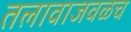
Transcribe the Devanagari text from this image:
तलावाजवळच